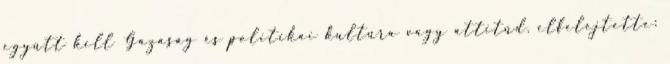
együtt kell Gazaság és politikai kultúra vagy attitűd. elfelejtette: